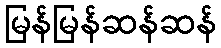
မြန်မြန်ဆန်ဆန်